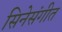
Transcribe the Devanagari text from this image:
सिनेसंगीत